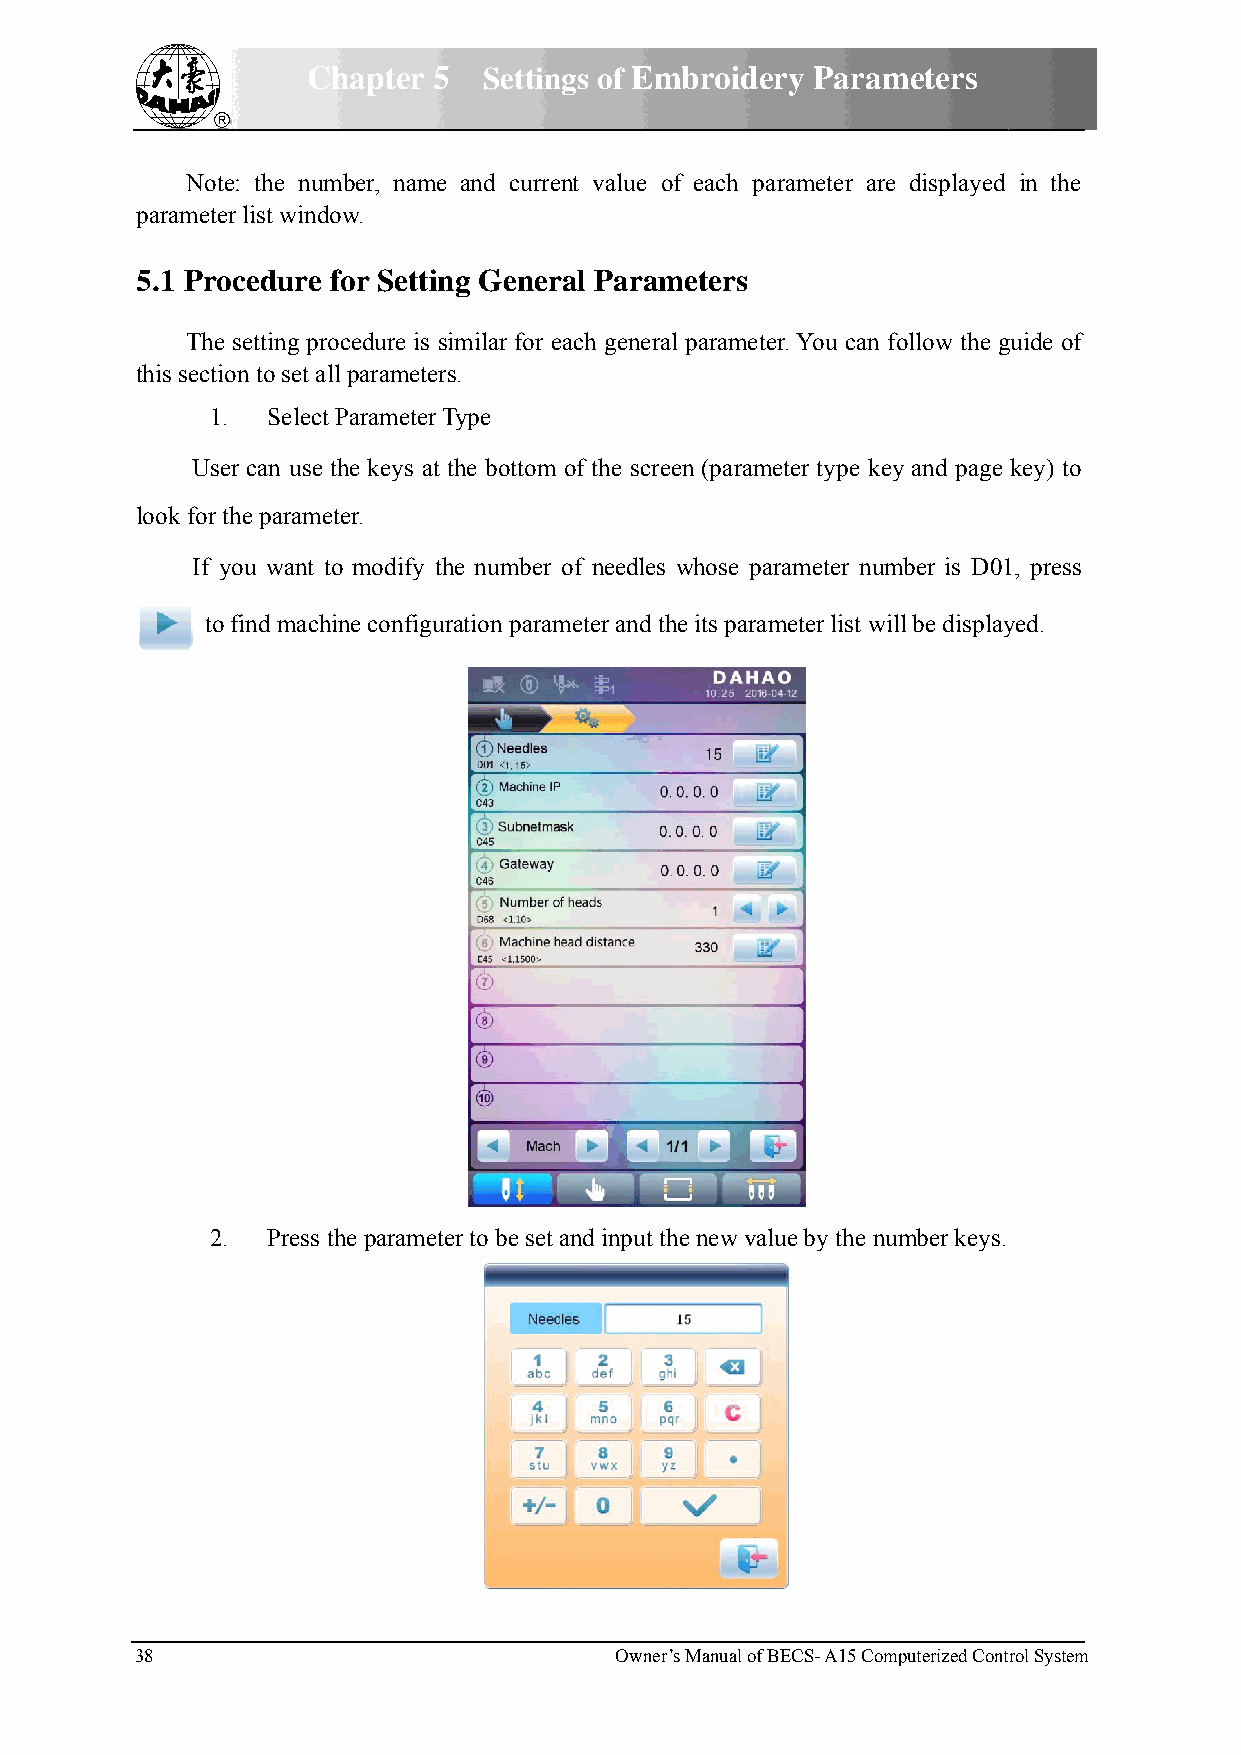
Chhapter 55 Settings of Emmbroiderry Parammeters
 Note: the nummber, name and current value of each parrameter are displayed in the
 parameteer list windoow.
 5.1 Proocedure ffor Settinng Generral Parammeters
 Thee setting proocedure is siimilar for eeach generall parameterr. You can ffoollow the gguide of
 this section to set alll parameterss.
 1.. Select PParameter TType
 Useer can use tthe keys at tthe bottom of the screeen (parametter type keyy and page key) to
 look for tthe parametter.
 If yyou want too modify thhe number of needles whose paraameter nummber is D011, press
 to find machiine configurration parammeter and thhe its parammeter list willl be displayyed.
 2.. Press thhe parameteer to be set aand input thhe new valuue by the nuumber keys.
 38                              Owner’s Manual of BEECS- A15 Commputerized Contrrol System